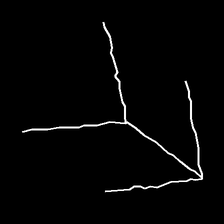
Glyph: gather